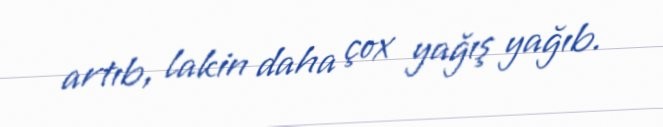
artıb, lakin daha çox yağış yağıb.